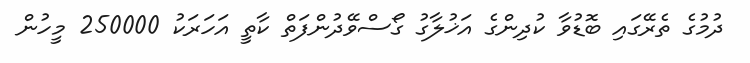
ދުމުގެ ތެރޭގައި ބޮޑުވާ ކުދިންގެ އަޚުލާގު ގޯސްވޭދުންފަތް ކާތީ އަހަރަކު 250000 މީހުން